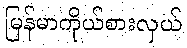
မြန်မာကိုယ်စားလှယ်